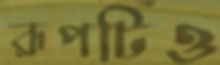
রূপটিও